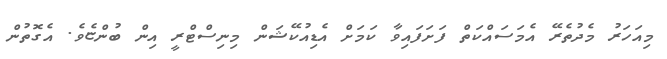
މިއަހަރު މެދުތެރޭ އެމަސައްކަތް ފަށަފައިވާ ކަމަށް އެޑިއުކޭޝަން މިނިސްޓްރީ އިން ބުންޏެވެ. އެގޮތުން